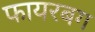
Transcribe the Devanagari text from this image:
फायरबग